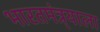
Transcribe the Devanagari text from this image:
भारतमंत्र्याला